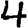
Digit: 4